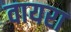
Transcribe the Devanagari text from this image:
वायरा